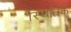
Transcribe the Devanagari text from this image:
स्थितिके